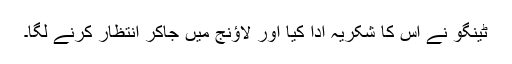
ٹینگو نے اس کا شکریہ ادا کیا اور لاؤنج میں جاکر انتظار کرنے لگا۔